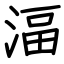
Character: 湢